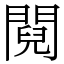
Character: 䦧